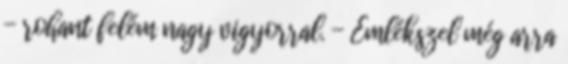
- rohant felém nagy vigyorral. - Emlékszel még arra